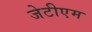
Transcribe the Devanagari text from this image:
जेटीएम